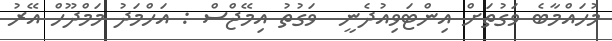
މުހައްމާބެ ވަގުތަށް އިންޓަވިއުދެނީ  ވަގުތު އިމޭޖްސް : އަހްމަދު މަމްދޫހް އޭރު